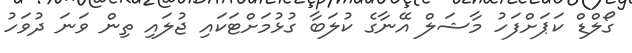
ގޯލްޑް ކަޕަށްފަހު މާޝަލް އޭނާގެ ކުލަބާ ގުޅުމަށްޓަކައި ޖުލައި ތިން ވަނަ ދުވަހު